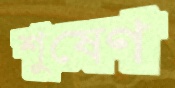
শুষেণ